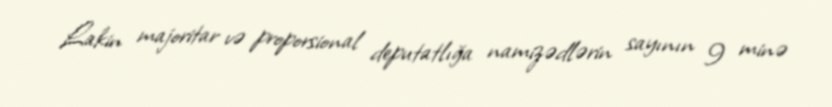
Lakin majoritar və proporsional deputatlığa namizədlərin sayının 9 minə